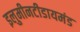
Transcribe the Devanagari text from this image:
इलुमीनटीडायमंड